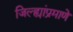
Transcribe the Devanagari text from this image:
जिल्ह्यांप्रमाणे